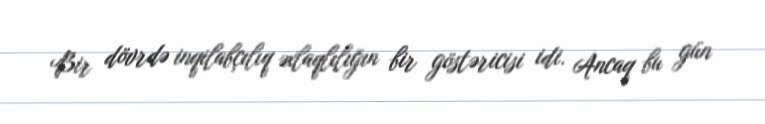
Bir dövrdə inqilabçılıq əxlaqlılığın bir göstəricisi idi. Ancaq bu gün